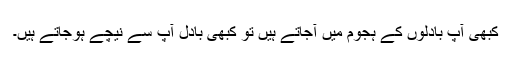
کبھی آپ بادلوں کے ہجوم میں آجاتے ہیں تو کبھی بادل آپ سے نیچے ہوجاتے ہیں۔